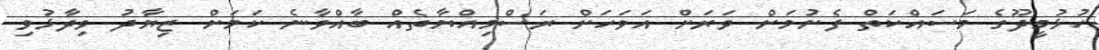
ހުޅުމީދޫގެ މަސައްކަތް ފެށުމަށް ވަރަށް އަވަހަށް ރަސްމިއްޔާތެއް ބާއްވާނެ ކަމަށް ޒިޔާދު ވިދާޅުވި